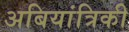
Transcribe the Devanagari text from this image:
अबियांत्रिकी